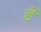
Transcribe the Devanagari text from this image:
र्डें